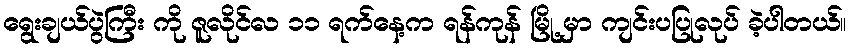
ရွေးချယ်ပွဲကြီး ကို ဇူလိုင်လ ၁၁ ရက်နေ့က ရန်ကုန် မြို့ မှာ ကျင်းပပြုလုပ် ခဲ့ပါတယ်။